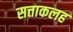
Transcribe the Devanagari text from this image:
सत्ताकलह